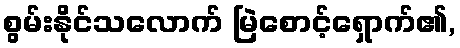
စွမ်းနိုင်သလောက် မြဲစောင့်ရှောက်၏,